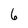
Character: 6